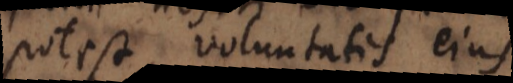
potest, voluntatis ejus